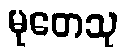
မုတေသု